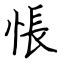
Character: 悵